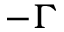
- \Gamma